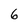
Character: 6